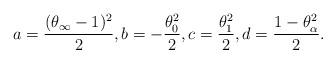
LaTeX: \begin{align*}a=\frac{(\theta_\infty-1)^2}{2},b=-\frac{\theta_0^2}{2},c=\frac{\theta_1^2}{2},d=\frac{1-\theta_\alpha^2}{2}.\end{align*}